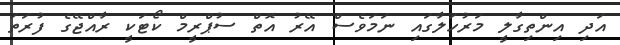
އަދި އިންތިގާލީ މަރުހަލާގައި ނަމަވެސް އޭރު އޮތް ސުޕްރީމް ކޯޓަކީ ރާއްޖޭގެ ފުރަތަ